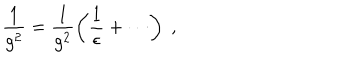
\frac { 1 } { g ^ { 2 } } = \frac { 1 } { g ^ { 2 } } \left( \frac { 1 } { \epsilon } + \cdots \right) \; ,